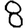
Digit: 8